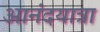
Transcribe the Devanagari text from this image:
आनंदयात्रा